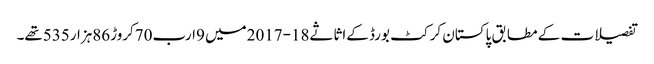
تفصیلات کے مطابق پاکستان کرکٹ بورڈ کےاثاثے18-2017میں 9ارب70کروڑ86ہزار535تھے۔